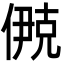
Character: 鿙